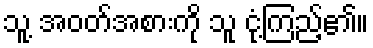
သူ့ အဝတ်အစားကို သူ ငုံ့ကြည့်၏။